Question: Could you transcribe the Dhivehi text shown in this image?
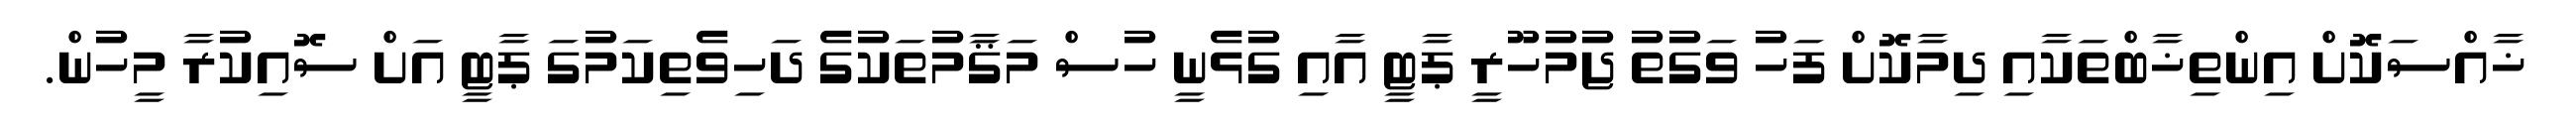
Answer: ޚާއްސަކޮށް އިންތިޚާބްތަކާއި ދިމާކޮށް ފަހު ވަގުތު ޖުމުހޫރީ ޕާޓީ އާއި ގުޅެނީ ހުސް މަޤާމުތަކުގެ ދަހިވެތިކަމުގަ ޕާޓީ އަށް ސޮއިކުރާ މީހުން.